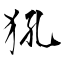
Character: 犼